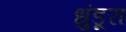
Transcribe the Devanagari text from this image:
धुंडूरा